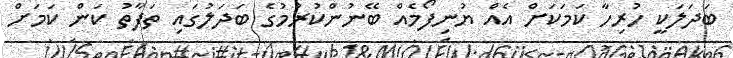
ބަދަލަކީ ހުރިހާ ކަމަކަށް އެއް ޔުނިފޯމެއް ބޭނުންކުރުމުގެ ބަދަލުގައި ތަފާތު ކަން ކަމަށް